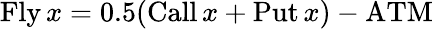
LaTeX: \operatorname{Fly}x=0.5(\operatorname{Call}x+\operatorname{Put}x)-\mathrm{ATM}